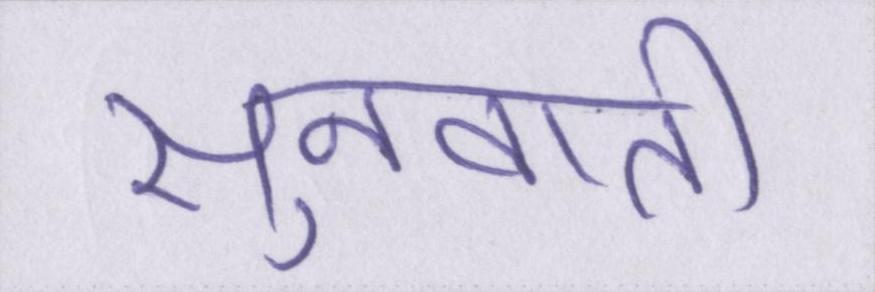
सुनवाती